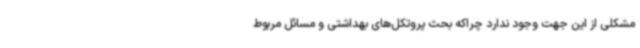
مشکلی از این جهت وجود ندارد چراکه بحث پروتکل‌های بهداشتی و مسائل مربوط